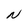
Character: N